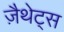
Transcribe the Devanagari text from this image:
ज़ैथेट्स